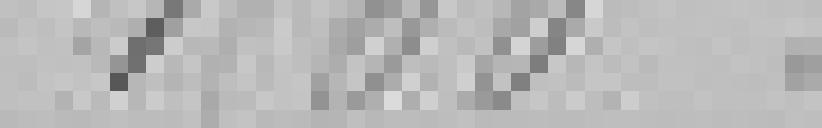
1500